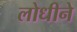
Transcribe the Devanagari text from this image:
लोधीने